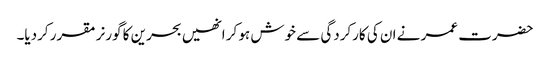
حضرت عمر نے ان کی کارکردگی سے خوش ہو کر انھیں بحرین کا گورنر مقرر کردیا۔